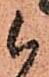
候